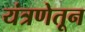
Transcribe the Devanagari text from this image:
यंत्रणेतून